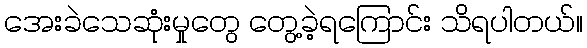
အေးခဲသေဆုံးမှုတွေ တွေ့ခဲ့ရကြောင်း သိရပါတယ်။